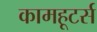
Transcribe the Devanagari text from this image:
कामहूटर्स